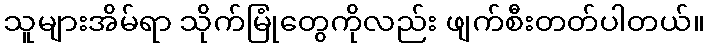
သူများအိမ်ရာ သိုက်မြုံတွေကိုလည်း ဖျက်စီးတတ်ပါတယ်။